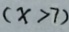
( x > 7 )